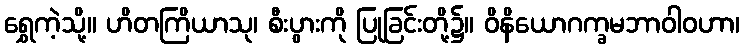
ရွှေကဲ့သို့။ ဟိတကြိယာသု၊ စီးပွားကို ပြုခြင်းတို့၌။ ဝိနိယောဂက္ခမဘာဝါဝဟာ၊